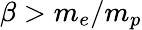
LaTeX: \beta>m_{e}/m_{p}